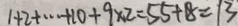
1 + 2 + \cdots + 1 0 + 9 \times 2 = 5 5 + 1 8 = 1 3